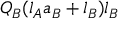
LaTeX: Q _ { B } ( l _ { A } a _ { B } + l _ { B } ) l _ { B }